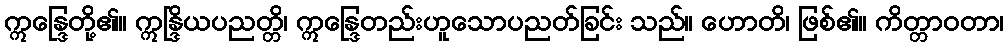
ဣန္ဒြေတို့၏။ ဣန္ဒြိယပညတ္တိ၊ ဣန္ဒြေတည်းဟူသောပညတ်ခြင်း သည်။ ဟောတိ၊ ဖြစ်၏။ ကိတ္တာဝတာ၊